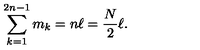
\sum _ { k = 1 } ^ { 2 n - 1 } m _ { k } = n \ell = { \frac { N } { 2 } } \ell .